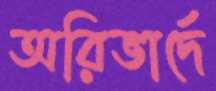
অরিভার্দে